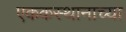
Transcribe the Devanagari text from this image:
एककस्थानाच्या